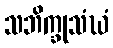
သဘိက္ခုသံဃံ